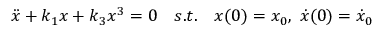
\ddot { x } + k _ { 1 } x + k _ { 3 } x ^ { 3 } = 0 \quad s . t . \quad x ( 0 ) = x _ { 0 } , \ \dot { x } ( 0 ) = \dot { x } _ { 0 }